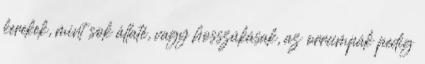
kerekek, mint sok állaté, vagy hosszúkásak, az orrcimpák pedig